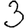
Digit: 3